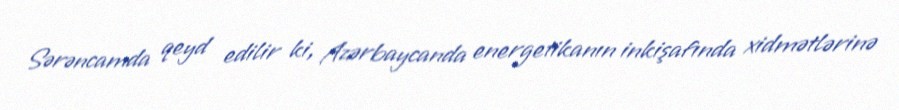
Sərəncamda qeyd edilir ki, Azərbaycanda energetikanın inkişafında xidmətlərinə